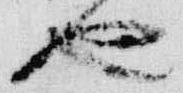
也